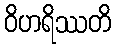
ဝိဟရိဿတိ